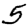
Digit: 5